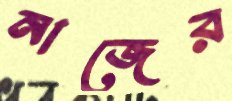
নাজের